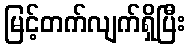
မြင့်တက်လျက်ရှိပြီး